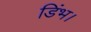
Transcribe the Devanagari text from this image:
डिंभ।